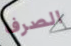
الصرف